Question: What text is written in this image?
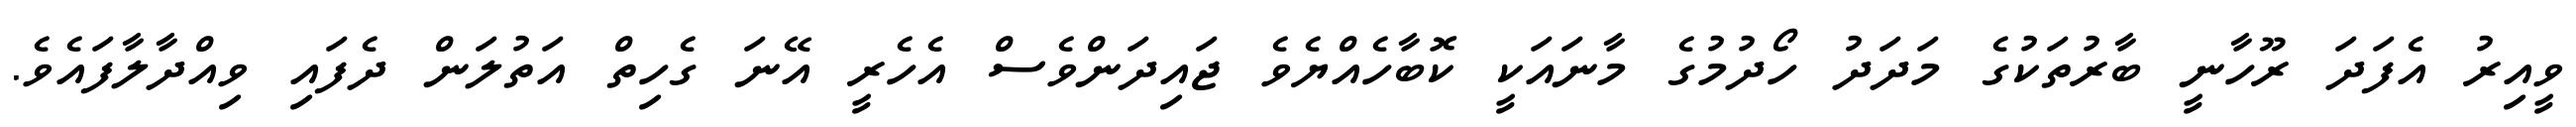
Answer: ވީއިރު އެފަދަ ރޫހާނީ ބާރުތަކުގެ މަދަދު ހޯދުމުގެ މާނައަކީ ކޮބާހެއްޔެވެ ޖައިދަންވެސް އެހެރީ އޭނަ ގެހިތް އަތުލަން ދެފައި ވިއްދާލާފައެވެ.